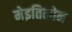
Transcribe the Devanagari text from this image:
मेइतिलोन